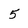
Character: 5